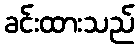
ခင်းထားသည်